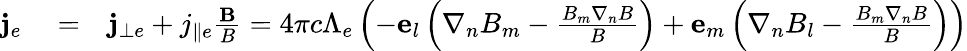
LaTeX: \begin{array}{rlr}{{\mathbf j}_{e}}&{{}=}&{{\mathbf j}_{\bot e}+j_{\parallel e}\frac{{\mathbf B}}{B}=4\pi c\Lambda_{e}\left({-{\mathbf e}_{l}\left({\nabla_{n}B_{m}-\frac{{B_{m}\nabla_{n}B}}{B}}\right)+{\mathbf e}_{m}\left({\nabla_{n}B_{l}-\frac{{B_{m}\nabla_{n}B}}{B}}\right)}\right)}\end{array}